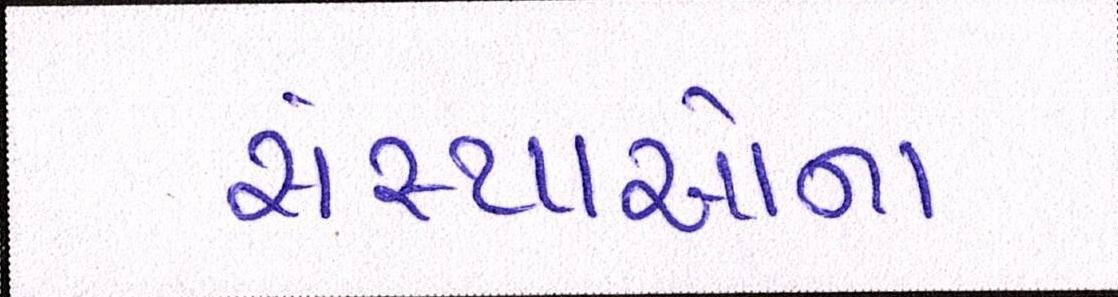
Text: સંસ્થાઓના